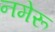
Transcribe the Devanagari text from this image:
नमेरू